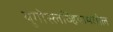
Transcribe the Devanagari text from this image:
युगोस्लव्हियामधील